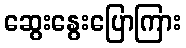
ဆွေးနွေးပြောကြား